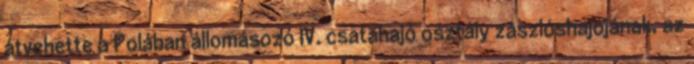
átvehette a Polában állomásozó IV. csatahajó osztály zászlóshajójának, az